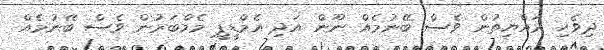
ދިވެހި ރައްޔިތުން ވެސް ބޭނުމެއް ނޫން އަދި އެމްޑީޕީ މެމްބަރުން ވެސް ބޭނުމެއް